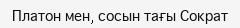
Платон мен, сосын тағы Сократ